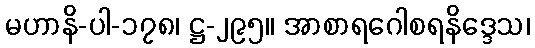
မဟာနိ-ပါ-၁၇၈၊ ဋ္ဌ-၂၉၅။ အာစာရဂေါစရနိဒ္ဒေသ၊